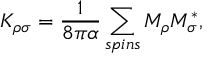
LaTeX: K _ { \rho \sigma } = \frac { 1 } { 8 \pi \alpha } \sum _ { s p i n s } M _ { \rho } M _ { \sigma } ^ { * } ,